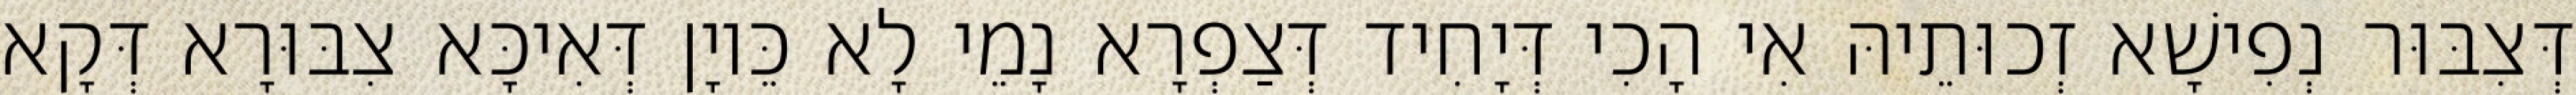
דְּצִבּוּר נְפִישָׁא זְכוּתֵיהּ אִי הָכִי דְּיָחִיד דְּצַפְרָא נָמֵי לָא כֵּיוָן דְּאִיכָּא צִבּוּרָא דְּקָא